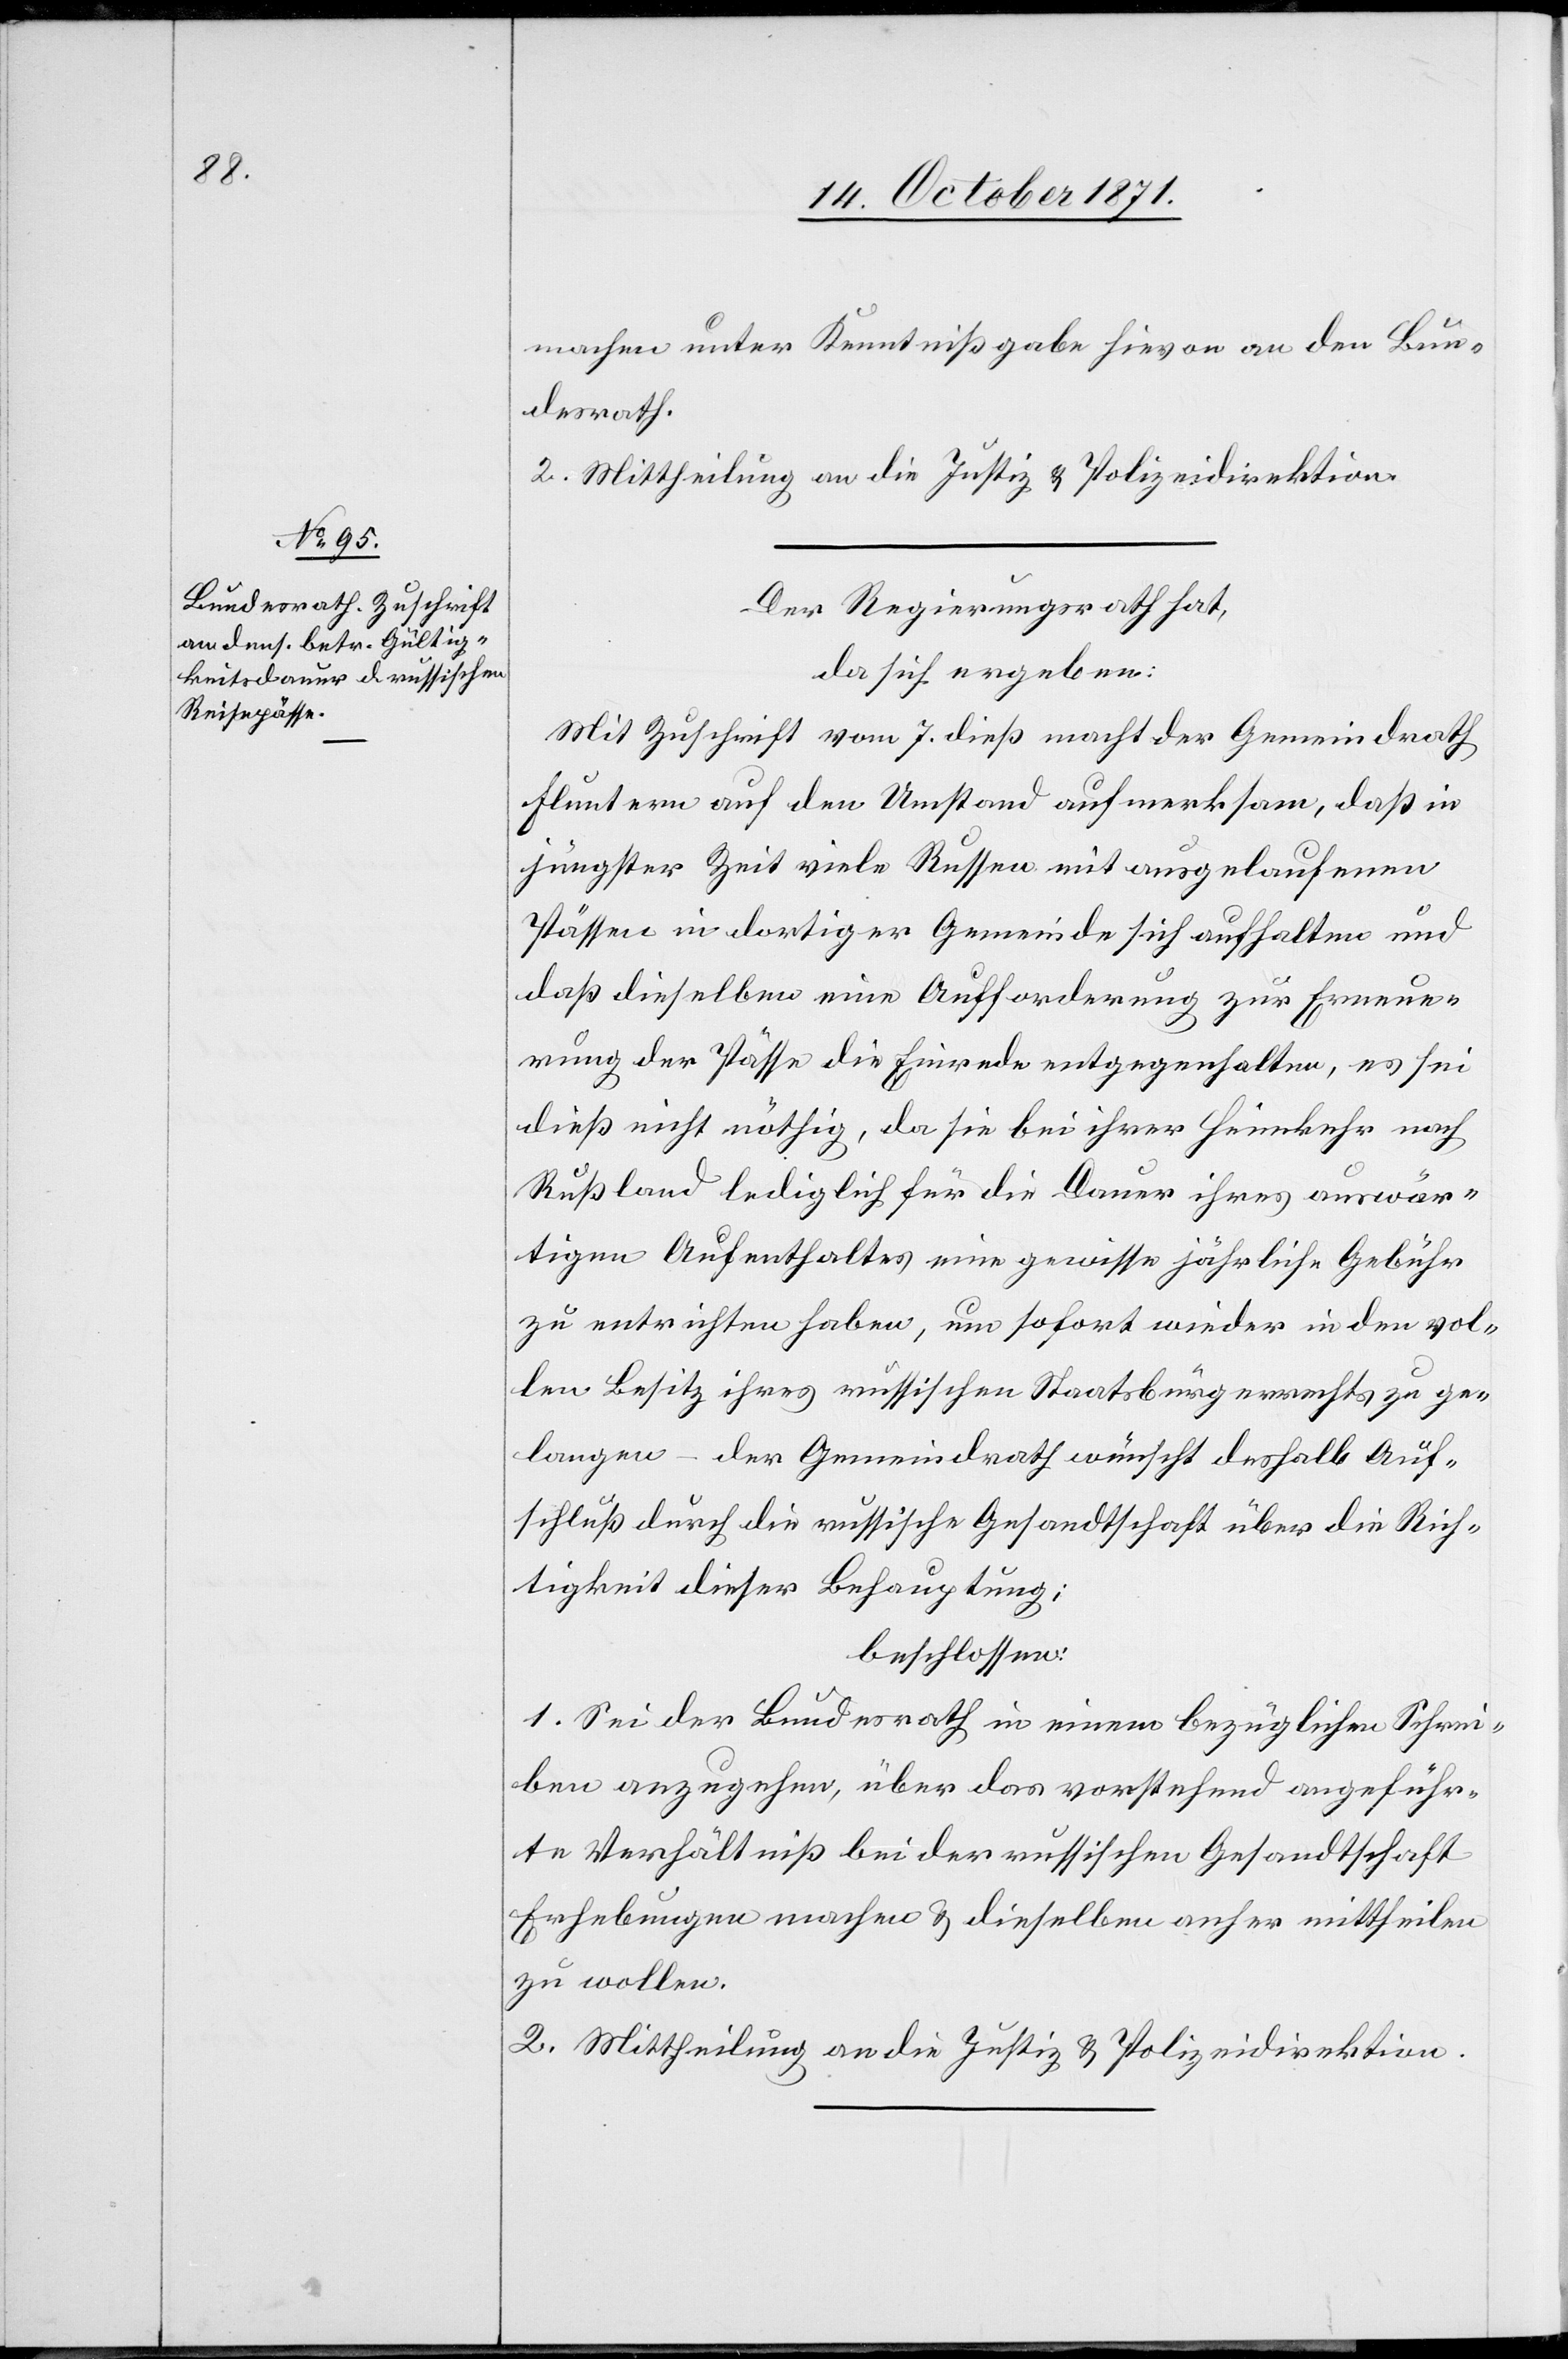
machen unter Kenntnißgabe hievon an den Bun¬
desrath.
2. Mittheilung an die Justiz[-] & Polizeidirektion.
Der Regierungsrath hat,
da sich ergeben:
Mit Zuschrift vom 7. dieß macht der Gemeindrath
Fluntern auf den Umstand aufmerksam, daß in
jüngster Zeit viele Russen mit ausgelaufenen
Pässen in dortiger Gemeinde sich aufhalten und
daß dieselben eine[r] Aufforderung zur Erneue¬
rung der Pässe die Einrede entgegenhalten, es sei
dieß nicht nöthig, da sie bei ihrer Heimkehr nach
Russland lediglich für die Dauer ihres auswär¬
tigen Aufenthaltes eine gewisse jährliche Gebühr
zu entrichten haben, um sofort wieder in den vol¬
len Besitz ihres russischen Staatsbürgerrechts zu ge¬
langen – der Gemeindrath wünscht deshalb Auf¬
schluß durch die russische Gesandschaft über die Rich¬
tigkeit dieser Behauptung;
beschlossen:
1. Sei der Bundesrath in einem bezüglichen Schrei¬
ben anzugehen, über das vorstehend angeführ¬
te Verhältniß bei der russischen Gesandtschaft
Erhebungen machen & dieselben anher mittheilen
zu wollen.
2. Mittheilung an die Justiz[-] & Polizeidirektion.